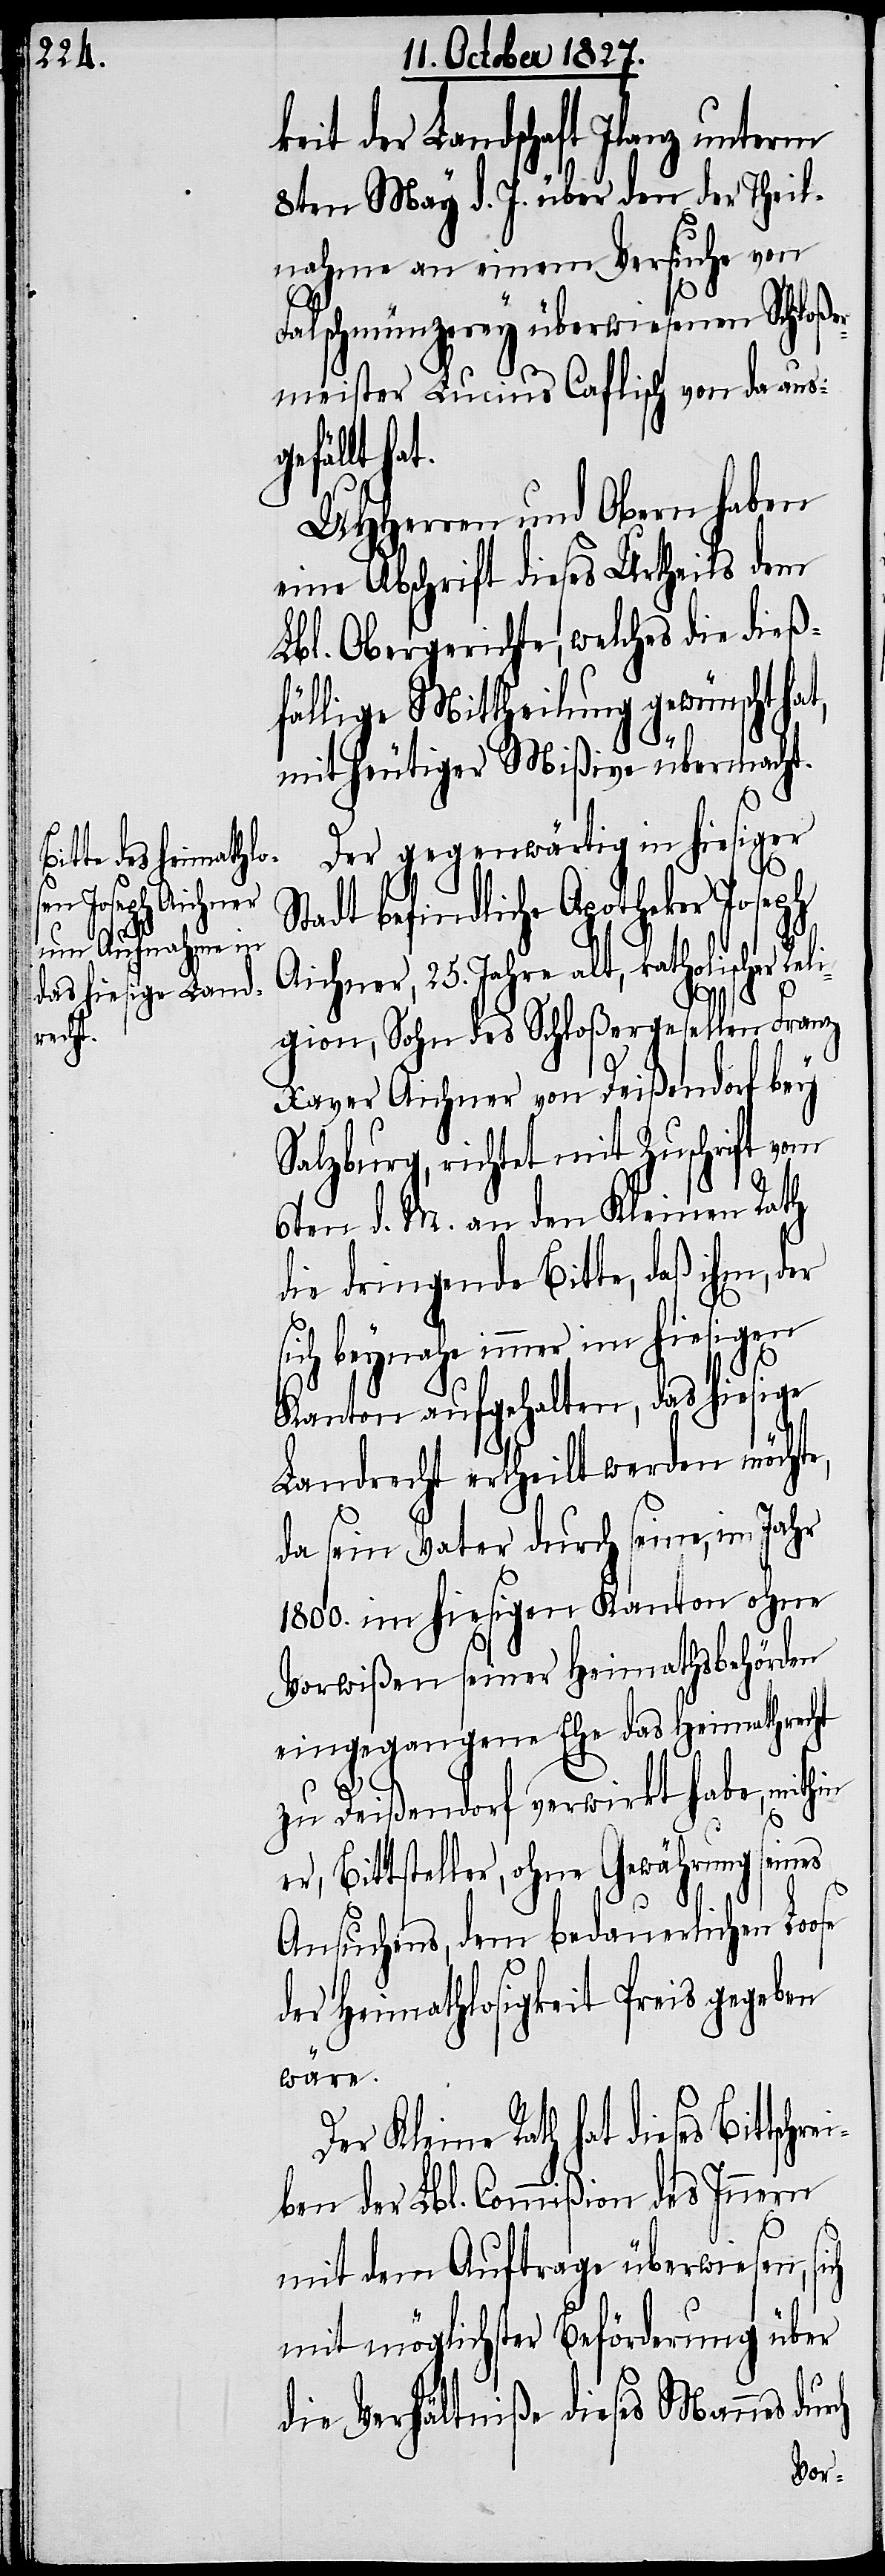
rch

eit der Landschaft Ilanz unterm
8ten May d. J. über den der Theil¬
nahme an einem Versuche von
Falschmünzerey überwiesenen Schloßer¬
meister Lucius Caflisch von da aus¬
gefällt ha¬
UHHerren und Obern haben
eine Abschrift dieses Urtheils dem
Lbl. Obergerichte, welches die dieß¬
fällige Mittheilung gewünscht ha¬
mit heutiger Mißive übermacht.
Der gegenwärtig in hiesiger
tadt befindliche Apotheker Joseph
Aichner, 25. Jahre alt, katholischer Reli¬
S¬
gion, Sohn des Schloßergesellen Franz
Xaver Aichner von Deißendorf bey
Salzburg, richtet mit Zuschrift vom
6ten d. M. an den Kleinen Rath
die dringende Bitte, daß ihm, der
sich beynahe immer im hiesigen
Kanton aufgehalten, das hiesige
Landrecht ertheilt werden möcht¬
da sein Vater durch seine, im Jahr
1800. im hiesigen Kanton ohne
Vorwißen seiner Heimathsbehörden
eingegangene Ehe das Heimathrecht
zu Deißendorf verwirkt habe, mithin
er, Bittsteller, ohne Gewährung seines
Ansuchens, dem bedauerlichen Loose
der Heimathlosigkeit Preis gegeben
wäre.
er Kleine Rath hat dieses Bittsch¬
ben der Lbl. Commißion des Innern
e,
D¬
mit dem Auftrage überwiesen,
mit möglichster Beförderung über
die Verhältniße dieses Mannes du¬